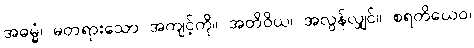
အဓမ္မံ၊ မတရားသော အကျင့်ကို။ အတိဝိယ၊ အလွန်လျှင်။ စရတိယေဝ၊